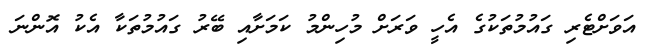
އަވަށްޓެރި ގައުމުތަކުގެ އެހީ ވަރަށް މުހިންމު ކަމަށާއި ބޭރު ގައުމުތަކާ އެކު އޮންނަ